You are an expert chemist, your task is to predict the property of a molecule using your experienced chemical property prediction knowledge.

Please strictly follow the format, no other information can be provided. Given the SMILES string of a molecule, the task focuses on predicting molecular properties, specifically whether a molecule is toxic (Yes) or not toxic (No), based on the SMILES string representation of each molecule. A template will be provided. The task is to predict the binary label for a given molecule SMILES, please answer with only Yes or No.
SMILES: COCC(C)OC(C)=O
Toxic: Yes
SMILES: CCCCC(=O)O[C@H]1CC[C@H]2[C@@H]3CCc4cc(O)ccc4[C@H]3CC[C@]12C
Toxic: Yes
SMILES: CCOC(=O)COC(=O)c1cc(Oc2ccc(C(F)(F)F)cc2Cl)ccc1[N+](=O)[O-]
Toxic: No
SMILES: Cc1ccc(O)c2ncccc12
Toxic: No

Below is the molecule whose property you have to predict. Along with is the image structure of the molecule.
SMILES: CC(C)C(Nc1ccc(C(F)(F)F)cc1Cl)C(=O)OC(C#N)c1cccc(Oc2ccccc2)c1
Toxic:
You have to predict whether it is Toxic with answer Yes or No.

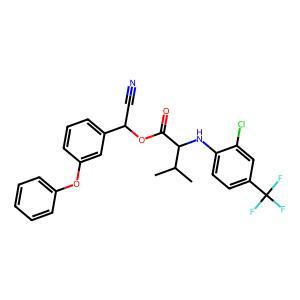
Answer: No